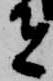
者